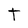
Character: t